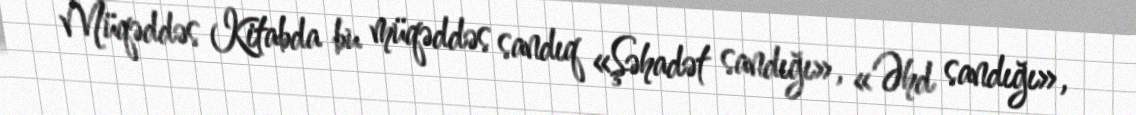
Müqəddəs Kitabda bu müqəddəs sandıq «Şəhadət sandığı», «Əhd sandığı»,